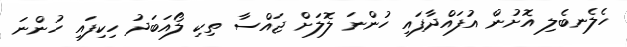
ހެލެނބެލި އޮށުން އުފައްދާފައި ހުންނަ ލޮލަށް ޖައްސާ ތިކި ލޯއަބަދު ހިކިފައި ހުންނަ